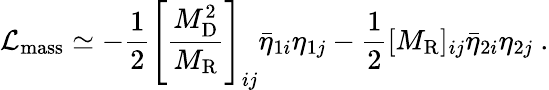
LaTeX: {\cal{L}}_{\mathrm{mass}}\simeq-\frac{1}{2}\left[\frac{M_{\mathrm{D}}^{2}}{M_{\mathrm{R}}}\right]_{ij}\bar{\eta}_{1i}\eta_{1j}-\frac{1}{2}[M_{\mathrm{R}}]_{ij}\bar{\eta}_{2i}\eta_{2j}~.